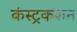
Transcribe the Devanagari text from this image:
कंस्ट्रकशन